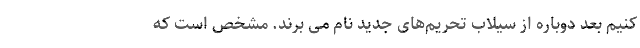
کنیم بعد دوباره از سیلاب تحریم‌های جدید نام می برند. مشخص است که